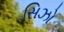
સિઝો